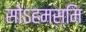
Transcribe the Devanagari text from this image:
सोऽहमस्मि